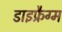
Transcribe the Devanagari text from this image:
डाइफ्रैग्म